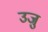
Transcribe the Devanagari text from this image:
उजु